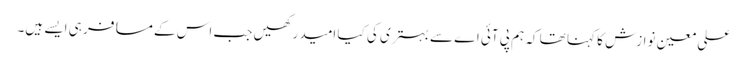
علی معین نوازش کا کہنا تھا کہ ہم پی آئی اے سے بہتری کی کیا امید رکھیں جب اس کے مسافر ہی ایسے ہیں۔